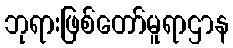
ဘုရားဖြစ်တော်မူရာဌာန